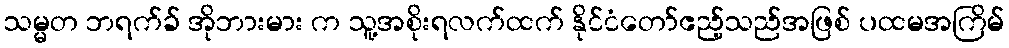
သမ္မတ ဘရက်ခ် အိုဘားမား က သူ့အစိုးရလက်ထက် နိုင်ငံတော်ဧည့်သည်အဖြစ် ပထမအကြိမ်